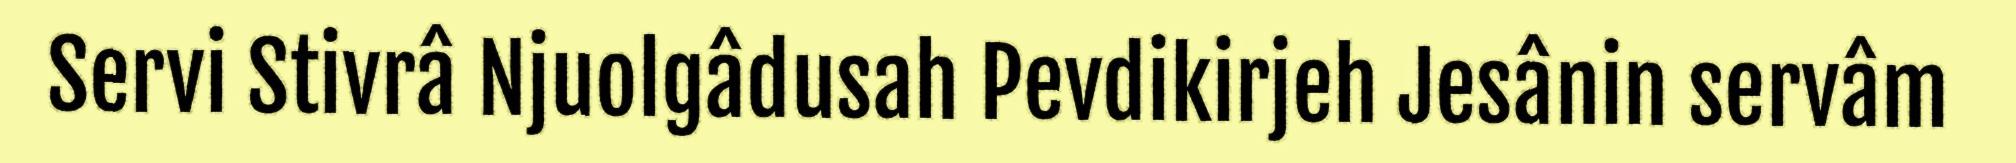
Servi Stivrâ Njuolgâdusah Pevdikirjeh Jesânin servâm